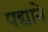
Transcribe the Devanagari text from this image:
पद्याने